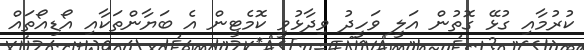
ކުރުމާއި ގުޅޭ ގޮތުން އަލީ ވަހީދު ވިދާޅުވީ ކޮމެޓީން އެ ބަޔާންތަކާއި އޯޑިއޯތައް